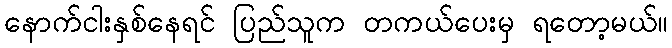
နောက်ငါးနှစ်နေရင် ပြည်သူက တကယ်ပေးမှ ရတော့မယ်။